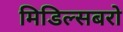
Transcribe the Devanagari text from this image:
मिडिल्सबरो